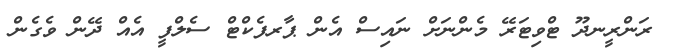
ރަންރީނދޫ ޓްވިޓަރޭ މެންނަށް ނައިސް އެން ޕާރފެކްޓް ސެލްފީ އެއް ދޭން ވެގެން